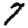
Digit: 7